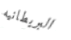
البريطانيه